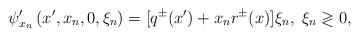
LaTeX: \begin{align*}\psi^\prime_{x_n}\left(x^\prime,x_n,0,\xi_n\right)=[q^\pm(x^\prime)+ x_n r^\pm(x)]\xi_n,\;\xi_n\gtrless0,\end{align*}